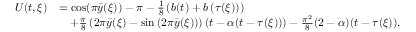
\begin{array} { r l } { U ( t , \xi ) } & { = \cos ( \pi \bar { y } ( \xi ) ) - \pi - \frac { 1 } { 8 } \left( b ( t ) + b \left( \tau ( \xi ) \right) \right) } \\ & { \quad + \frac { \pi } { 8 } \left( 2 \pi \bar { y } ( \xi ) - \sin \left( 2 \pi \bar { y } ( \xi ) \right) \right) \left( t - \alpha ( t - \tau ( \xi ) ) \right) - \frac { \pi ^ { 2 } } { 8 } ( 2 - \alpha ) ( t - \tau ( \xi ) ) . } \end{array}